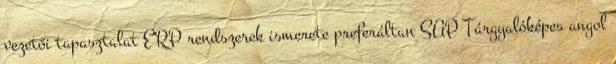
vezetői tapasztalat ERP rendszerek ismerete preferáltan SAP Tárgyalóképes angol